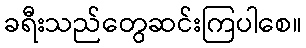
ခရီးသည်တွေဆင်းကြပါစေ။